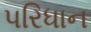
પરિધાન